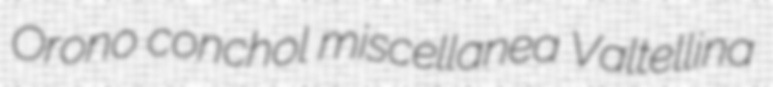
Orono conchol miscellanea Valtellina